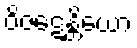
ဝိဇဋေန္တိယော